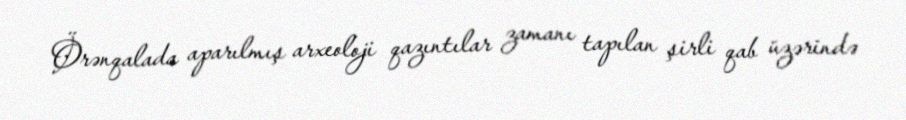
Örənqalada aparılmış arxeoloji qazıntılar zamanı tapılan şirli qab üzərində